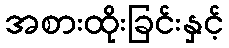
အစားထိုးခြင်းနှင့်